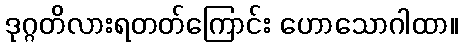
ဒုဂ္ဂတိလားရတတ်ကြောင်း ဟောသောဂါထာ။